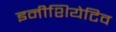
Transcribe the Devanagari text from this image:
इनीशियेटिव